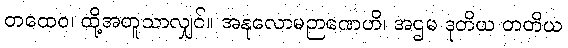
တထေဝ၊ ထို့အတူသာလျှင်။ အနုလောမဉာဏေဟိ၊ အဌမ ဒုတိယ တတိယ